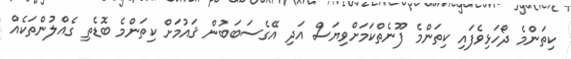
ކިތަންމެ ދޯހަޅިވެފައި ކިތަންމެ ފޫނެތްކަމަށްވިޔަސް އަދި އޭގެސަބަބުން ޤައުމަށް ކިތަންމެ ބޮޑެތި ގެއްލުންތަކެއް